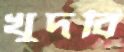
খুদবি